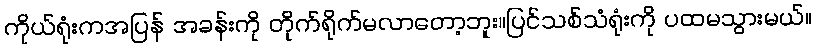
ကိုယ်ရုံးကအပြန် အခန်းကို တိုက်ရိုက်မလာတော့ဘူး။ပြင်သစ်သံရုံးကို ပထမသွားမယ်။